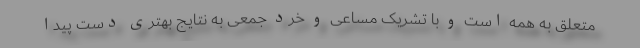
متعلق به همه است و با تشریک مساعی و خرد جمعی به نتایج بهتری دست پیدا